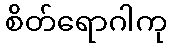
စိတ်ရောဂါကု